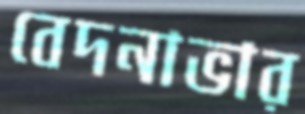
বেদনাভার